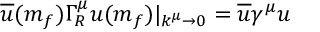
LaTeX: \overline { { { u } } } ( m _ { f } ) \Gamma _ { R } ^ { \mu } u ( m _ { f } ) | _ { k ^ { \mu } \rightarrow 0 } = \overline { { { u } } } \gamma ^ { \mu } u